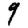
Digit: 9